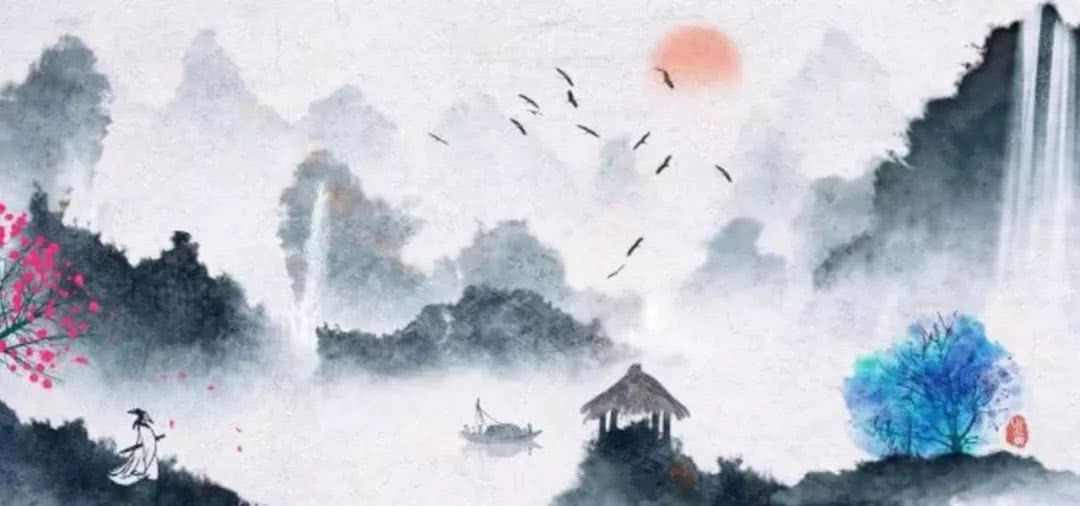
筹边独坐，岂欲登览快双眸。